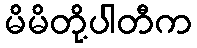
မိမိတို့ပါတီက